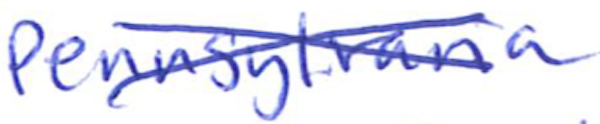
Text: Pennsylvania
Cross-out: cross
Writing tool: ballpoint